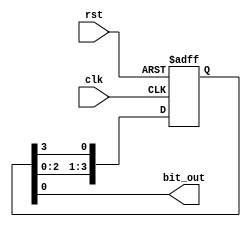
module ring_counter (
    input wire clk,
    input wire rst,
    output wire bit_out
);

reg [3:0] count;

always @(posedge clk or posedge rst) begin
    if (rst) begin
        count <= 4'b0001;
    end else begin
        count <= {count[2:0], count[3]};
    end
end

assign bit_out = count[0];

endmodule